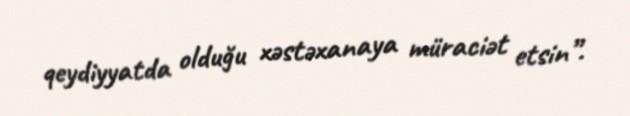
qeydiyyatda olduğu xəstəxanaya müraciət etsin”.